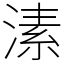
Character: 溸